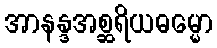
အာနန္ဒအစ္ဆရိယဓမ္မော